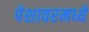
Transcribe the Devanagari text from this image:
पेशावरमध्ये